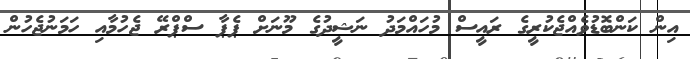
އިން ކަންބޮޑުވެއްޖެކުރީގެ ރައީސް މުހައްމަދު ނަޝީދުގެ މޫނަށް ޕެޕާ ސްޕްރޭ ޖެހުމާއި ހަމަނުޖެހުން